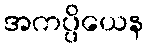
အကပ္ပိယေန